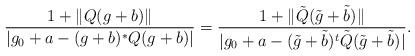
LaTeX: \begin{align*} \frac{1 + \| Q (g+b)\|}{|g_0 + a - (g+b)^* Q (g+b)|} = \frac{1 + \| \tilde{Q} (\tilde{g}+\tilde{b})\|}{|g_0 + a - (\tilde{g}+\tilde{b})^t \tilde{Q} (\tilde{g}+\tilde{b})|}.\end{align*}